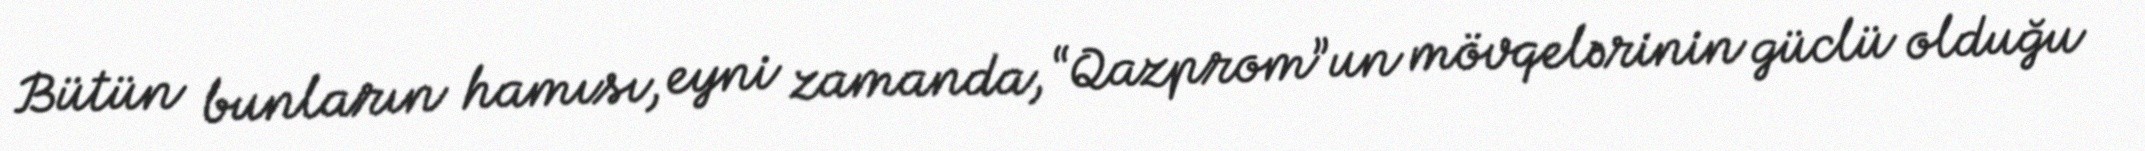
Bütün bunların hamısı, eyni zamanda, “Qazprom”un mövqelərinin güclü olduğu